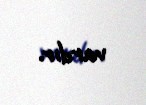
vardır.